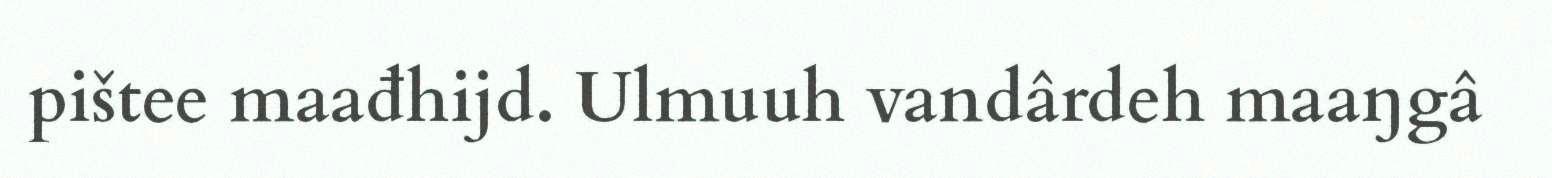
pištee maađhijd. Ulmuuh vandârdeh maaŋgâ